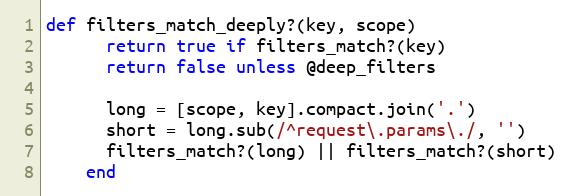
Language: Ruby
def filters_match_deeply?(key, scope)
      return true if filters_match?(key)
      return false unless @deep_filters

      long = [scope, key].compact.join('.')
      short = long.sub(/^request\.params\./, '')
      filters_match?(long) || filters_match?(short)
    end